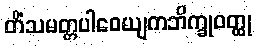
တိံသမတ္တပါဝေယျကဘိက္ခုဝတ္ထု